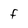
Character: f